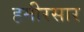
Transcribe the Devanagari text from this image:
हमीरसार